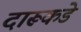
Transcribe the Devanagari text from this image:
दारूकडे